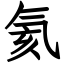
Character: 氦